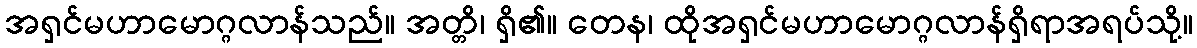
အရှင်မဟာမောဂ္ဂလာန်သည်။ အတ္တိ၊ ရှိ၏။ တေန၊ ထိုအရှင်မဟာမောဂ္ဂလာန်ရှိရာအရပ်သို့။